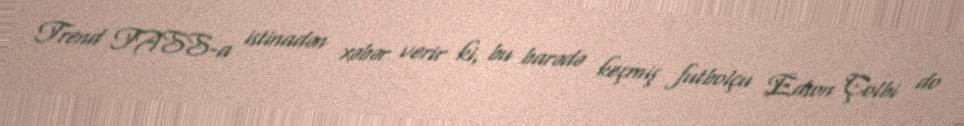
Trend TASS-a istinadən xəbər verir ki, bu barədə keçmiş futbolçu Edson Çolbi do